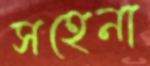
সহেনা